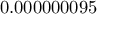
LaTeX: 0 . 0 0 0 0 0 0 0 9 5